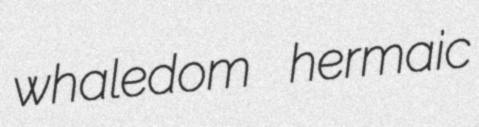
whaledom hermaic